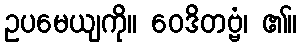
ဥပမေယျကို။ ဝေဒိတဗ္ဗံ၊ ၏။